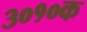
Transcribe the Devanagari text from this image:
३०१०क